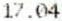
17.04